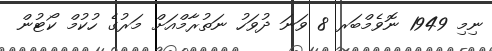
ނިމި 1949 ނޮވެމްބަރ 8 ވަނަ ދުވަހު ނަތުރާމްއަށް މަރުގެ ހުކުމް ކޯޓުން